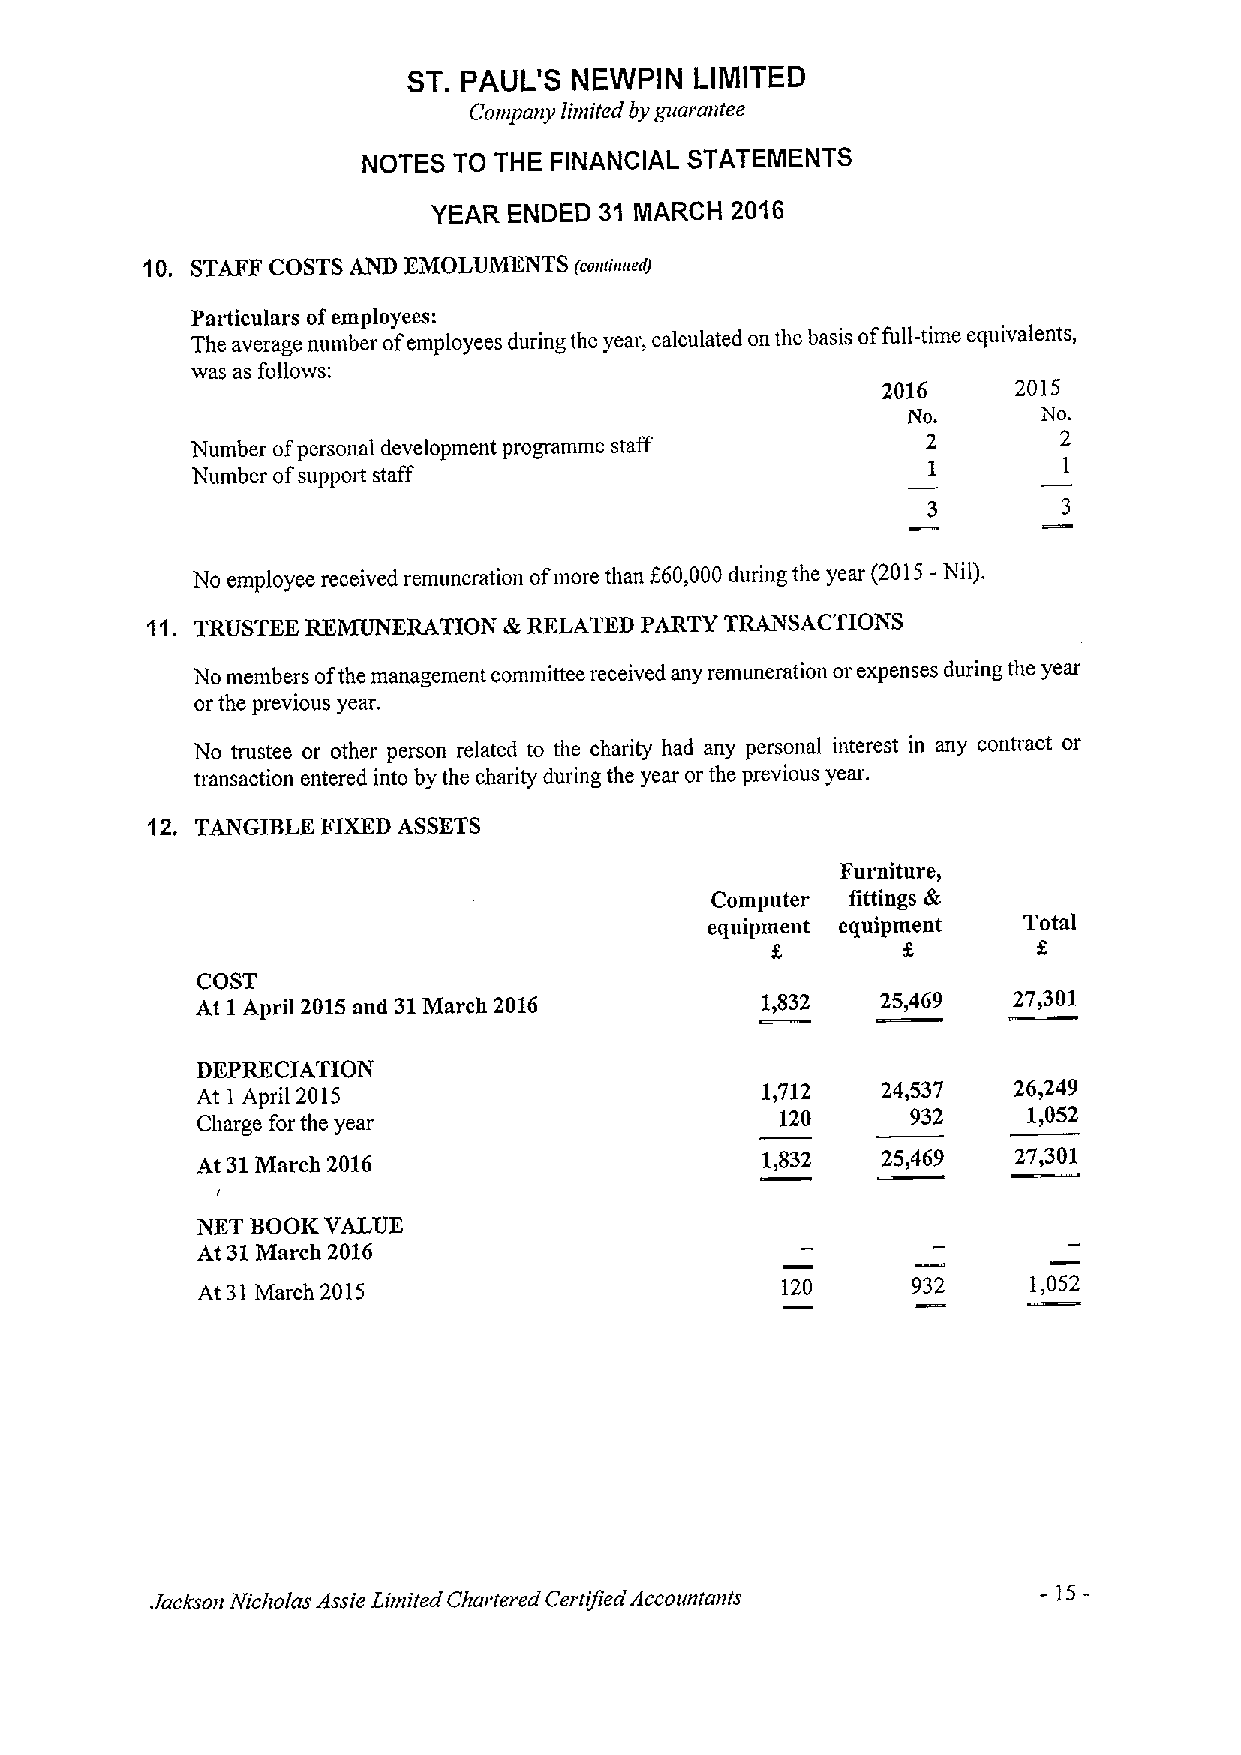
ST. PAUL'S NEWPIN  LIMITED
 Company limited by gzzazantee
 NOTES TO THE FINANCIAL STATEMENTS
 YEAR ENDED 31 MARCH 2016
 10. STAFF COSTS AND EMOLUMENTS (coniieeeii)
 Particulars ofemployees:
 The average number ofemployees during the year, calculated on the basis offull-time equivalents,
 was as follows:
 2016     2015
 No.      No.
 Number ofpersonal development programme staff   2        2
 Number ofsupport staff                          1        1
 3        3
 No employee received remuneration ofmore than
 f
 60,000during the year
 (2015-Nil).
 11. TRUSTEE REMUNERATION &RELATED PARTY TRANSACTIONS
 No members ofthe management committee received any remuneration or expenses during the year
 or the previous year.
 No trustee or other person related to the charity had any personal interest in any contract or
 transaction entered into by the charity during the year or the previous year.
 12. TANGIBLE FIXEDASSETS
 Furniture,
 Computer fittings &
 equipment equipment  Total
 f.
 COST
 At 1April 2015and 31March 2016       1,832   25,469   27,301
 DEPRECIATION
 At I April 2015                      1,712   24,537   26,249
 Charge for the year                    120     932     1,052
 At 31March 2016                      1,832   25,469   27,301
 I
 NET BOOK VALVE
 At 31March 2016
 At 31March 2015                        120     932     1,052
 -15
 Jacksozz zV(cholas AssieLimited Chartered Certified Accovrztazzts